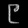
Digit: ၉